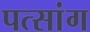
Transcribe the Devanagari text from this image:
पत्सांग